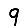
Digit: 9